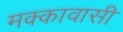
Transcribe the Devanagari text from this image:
मक्कावासी